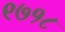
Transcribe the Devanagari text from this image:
९७१८